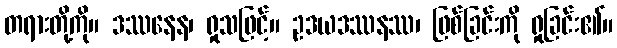
တရားတို့ကို။ ဒဿနေန၊ ရှုသဖြင့်။ ဥဒယဒဿနဿ၊ ဖြစ်ခြင်းကို ရှုခြင်း၏။